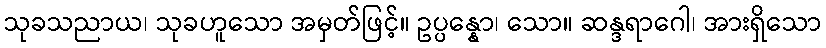
သုခသညာယ၊ သုခဟူသော အမှတ်ဖြင့်။ ဥပ္ပန္နော၊ သော။ ဆန္ဒရာဂေါ၊ အားရှိသော